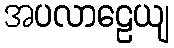
အပလာဠေယျ